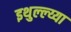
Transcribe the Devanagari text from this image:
इथुल्ल्य्या